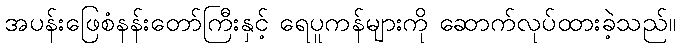
အပန်းဖြေစံနန်းတော်ကြီးနှင့် ရေပူကန်များကို ဆောက်လုပ်ထားခဲ့သည်။